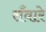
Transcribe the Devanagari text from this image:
सँवारे